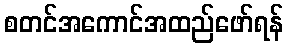
စတင်အကောင်အထည်ဖော်ရန်